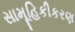
સામૂહિકીકરણ